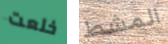
خلعت المشط